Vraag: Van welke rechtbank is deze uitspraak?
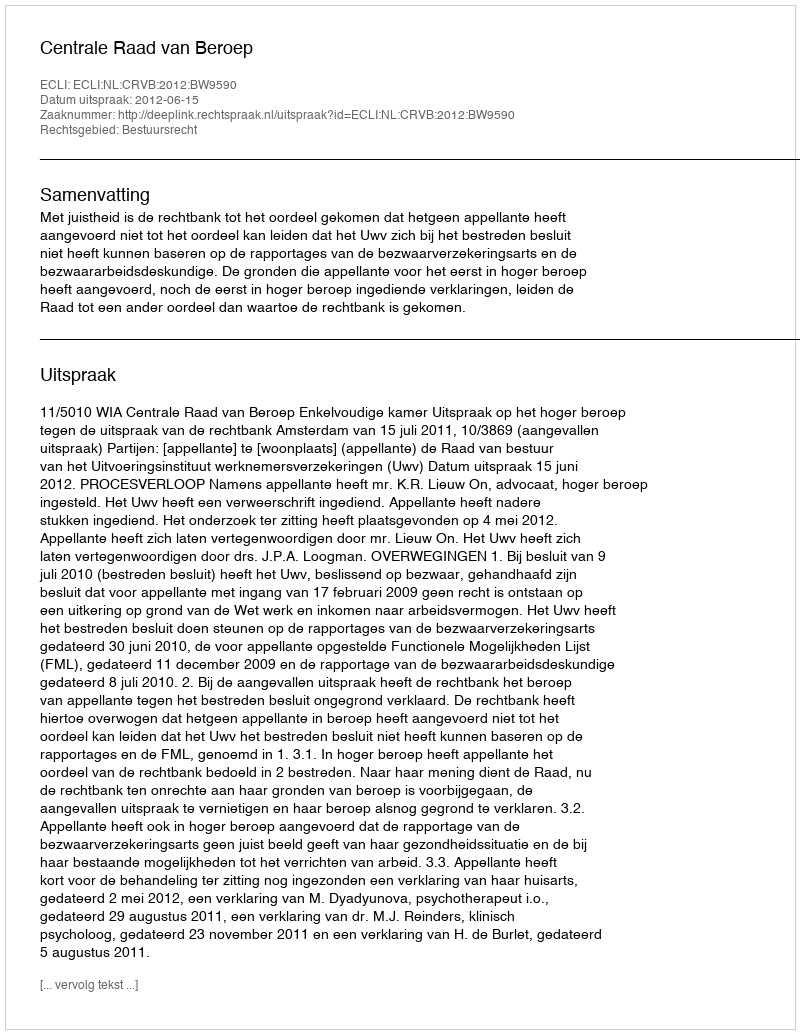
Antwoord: Centrale Raad van Beroep